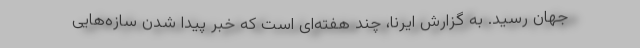
جهان رسید. به گزارش ایرنا، چند هفته‌ای است که خبر پیدا شدن سازه‌هایی